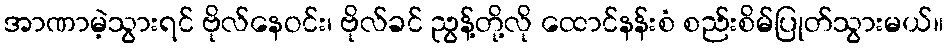
အာဏာမဲ့သွားရင် ဗိုလ်နေဝင်း၊ ဗိုလ်ခင် ညွန့်တို့လို ထောင်နန်းစံ စည်းစိမ်ပြုတ်သွားမယ်။